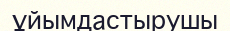
ұйымдастырушы